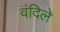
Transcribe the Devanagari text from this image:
वंदिले